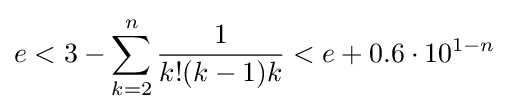
e<3-\sum _{k=2}^{n}{\frac {1}{k!(k-1)k}}<e+0.6\cdot 10^{1-n}